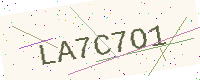
Text: LA7C7O1